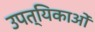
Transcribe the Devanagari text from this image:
उपत्यिकाओं